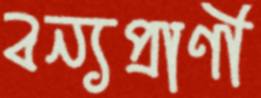
বন্যপ্রাণী